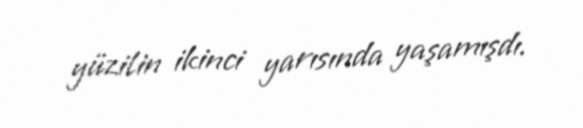
yüzilin ikinci yarısında yaşamışdı.